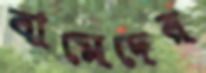
বামেদের